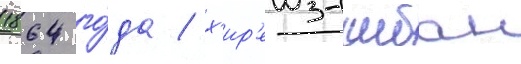
1864 го́да / х'ир'еиз-шибан